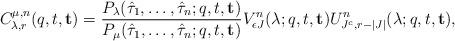
LaTeX: \begin{align*}C^{\mu,n}_{\lambda , r}(q,t,\mathbf{t})= \frac{P_\lambda(\hat{\tau}_1,\ldots ,\hat{\tau}_n;q,t,\mathbf{t})}{P_\mu(\hat{\tau}_1,\ldots ,\hat{\tau}_n;q,t,\mathbf{t})} V^{n}_{\epsilon J} (\lambda ;q,t,\mathbf{t}) U^{n}_{J^c,r-|J|} (\lambda ; q,t,\mathbf{t}) ,\end{align*}